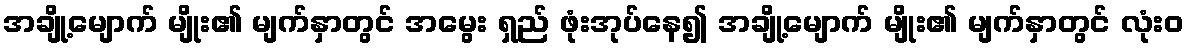
အချို့မျောက် မျိုး၏ မျက်နှာတွင် အမွေး ရှည် ဖုံးအုပ်နေ၍ အချို့မျောက် မျိုး၏ မျက်နှာတွင် လုံးဝ